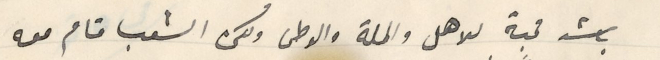
باشد محبة للاهل والملة والوطن ولكن الشعب قام معه